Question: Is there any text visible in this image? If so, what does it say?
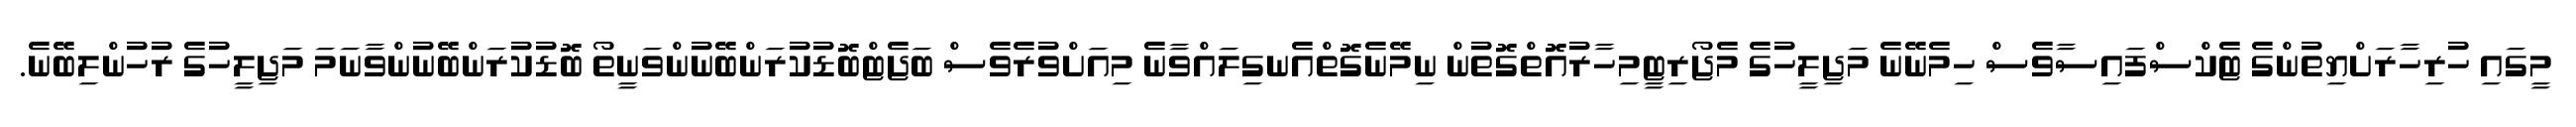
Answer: މީގައި ހުރިހާރަށްޔިތުންގެ ޓެކްސްފައިސާވެސް ހިމެނޭނެ މަޖިލީހުގެ މެޖޯރިޓީމިހާރުއޮތްގޮތުން ނިމޭނެގޮތްއެނގިލައްވާނެ މިއަށްވުރެވެސް ބަޖެޓްބޮޑުކުރަންބޭނުންވަނީތޯ ބޮޑުކުރަންބޭނުންވާނަމަ މަޖިލީހުގެ ރުހުންލިބޭނެ.